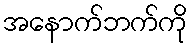
အနောက်ဘက်ကို